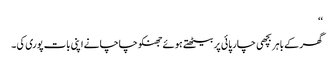
‘‘
گھر کے باہر بچھی چار پائی پر بیٹھتے ہوئے جھنکو چاچا نے اپنی بات پوری کی ۔